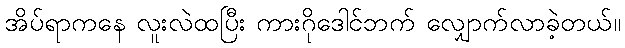
အိပ်ရာကနေ လူးလဲထပြီး ကားဂိုဒေါင်ဘက် လျှောက်လာခဲ့တယ်။